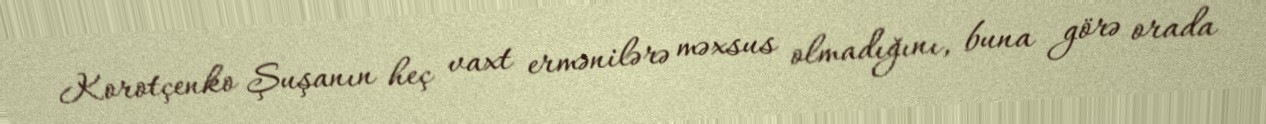
Korotçenko Şuşanın heç vaxt ermənilərə məxsus olmadığını, buna görə orada